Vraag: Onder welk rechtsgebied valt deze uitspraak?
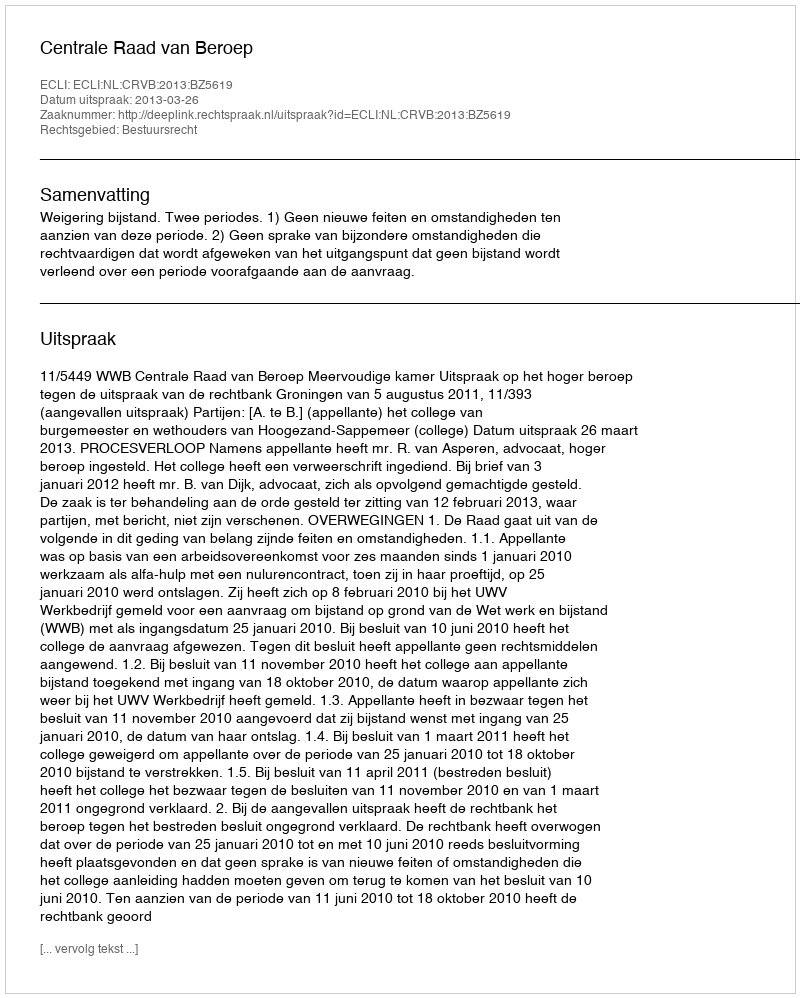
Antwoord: Bestuursrecht